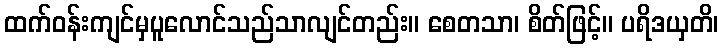
ထက်ဝန်းကျင်မှပူလောင်သည်သာလျင်တည်း။ စေတသာ၊ စိတ်ဖြင့်။ ပရိဒယှတိ၊